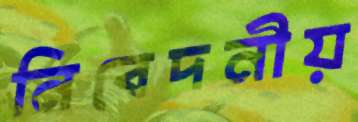
নিবেদনীয়